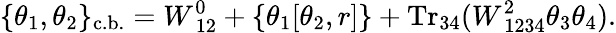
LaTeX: \{ \theta_{1},\theta_{2}\} _{\mathrm{c.b.}}=W_{~12}^{0}+\left\{ \theta_{1}[\theta_{2},r]\right\} +\mathrm{Tr}_{34}(W_{~1234}^{2}\theta_{3}\theta_{4}).